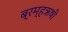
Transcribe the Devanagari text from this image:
ब्रम्हऋषी